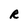
Character: R